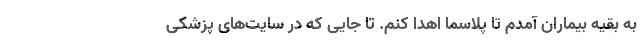
به بقیه بیماران آمدم تا پلاسما اهدا کنم. تا جایی که در سایت‌های پزشکی